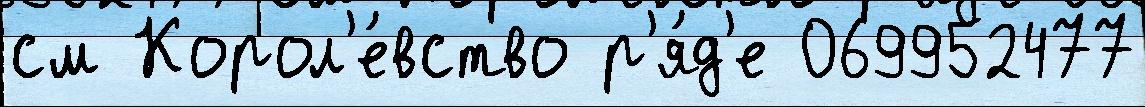
см Корол'е́вство р'я́д'е 069952477